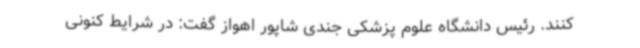
کنند. رئیس دانشگاه علوم پزشکی جندی شاپور اهواز گفت: در شرایط کنونی